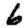
Digit: 6